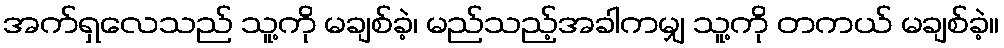
အက်ရှလေသည် သူ့ကို မချစ်ခဲ့၊ မည်သည့်အခါကမျှ သူ့ကို တကယ် မချစ်ခဲ့။